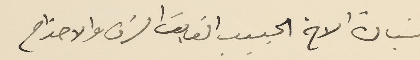
سَيادة الاخ الحبيب الفايق الشرف والاحترام